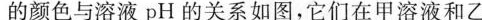
的颜色与溶液pH的关系如图，它们在甲溶液和乙